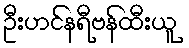
ဦးဟင်နရီဗန်ထီးယူ